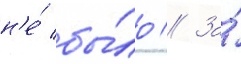
н'е́ бы́ло // За́